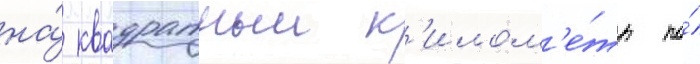
на́ квадратныи к'илом'е́тр по́